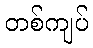
တစ်ကျပ်